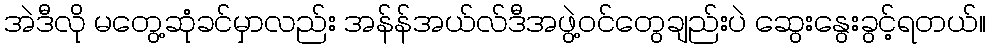
အဲဒီလို မတွေ့ဆုံခင်မှာလည်း အန်န်အယ်လ်ဒီအဖွဲ့ဝင်တွေချည်းပဲ ဆွေးနွေးခွင့်ရတယ်။